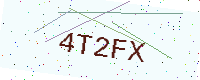
Text: 4T2FX